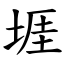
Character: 堐